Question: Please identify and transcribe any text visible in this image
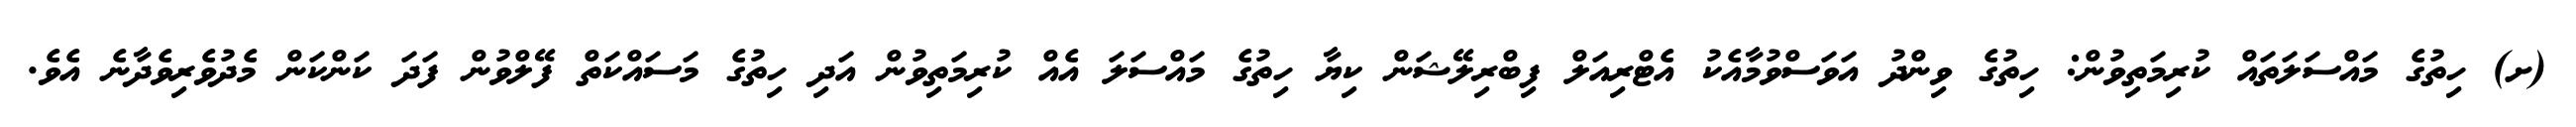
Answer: (ށ) ހިތުގެ މައްސަލަތައް ކުރިމަތިވުން: ހިތުގެ ވިންދު އަވަސްވުމާއެކު އެޓްރިއަލް ފިބްރިލޭޝަން ކިޔާ ހިތުގެ މައްސަލަ އެއް ކުރިމަތިވުން އަދި ހިތުގެ މަސައްކަތް ފޭލްވުން ފަދަ ކަންކަން މެދުވެރިވެދާނެ އެވެ.